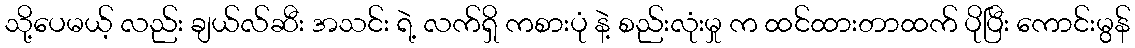
သို့ပေမယ့် လည်း ချယ်လ်ဆီး အသင်း ရဲ့ လက်ရှိ ကစားပုံ နဲ့ စည်းလုံးမှု က ထင်ထားတာထက် ပိုပြီး ကောင်းမွန်